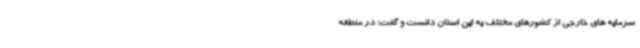
سرمایه های خارجی از کشورهای مختلف به این استان دانست و گفت: در منطقه